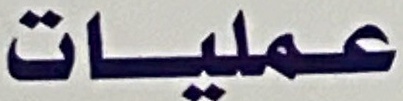
عمليات